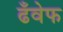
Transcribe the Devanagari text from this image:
ढँवेफ